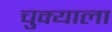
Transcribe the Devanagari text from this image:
चुक्याला